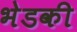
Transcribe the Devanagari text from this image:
भेडकी